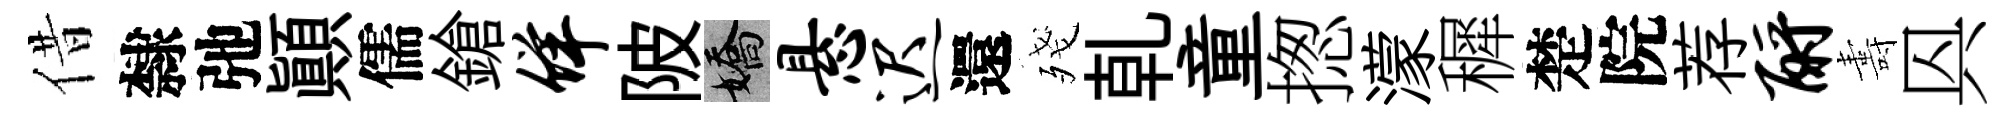
借隸弛顚儒鎗佯陂嬌悬迟還殘乹童揔濛穉楚院荐酹夀㒷